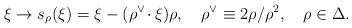
\begin{align*}\xi\to s_\rho(\xi)=\xi-(\rho^\vee\!\cdot\xi)\rho,\quad\rho^\vee\equiv 2\rho/\rho^2,\quad \rho\in\Delta.\end{align*}